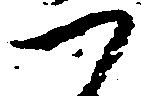
つ